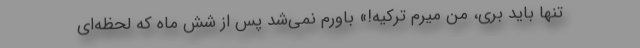
تنها باید بری، من میرم ترکیه!» باورم نمی‌شد پس از شش ماه که لحظه‌ای